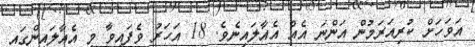
އަވަހަށް ކުރިއަރަމުން އަންނަ އެއް އެއާލައިނެވެ. 18 އަހަރު ވެފައިވާ މި އެއާލައިންގައި